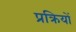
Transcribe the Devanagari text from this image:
प्रक्रियों